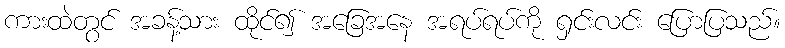
ကားထဲတွင် အခန့်သား ထိုင်၍ အခြေအနေ အရပ်ရပ်ကို ရှင်းလင်း ပြောပြသည်။